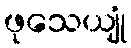
ဖုသေယျုံ